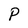
Character: P